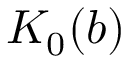
K _ { 0 } ( b )